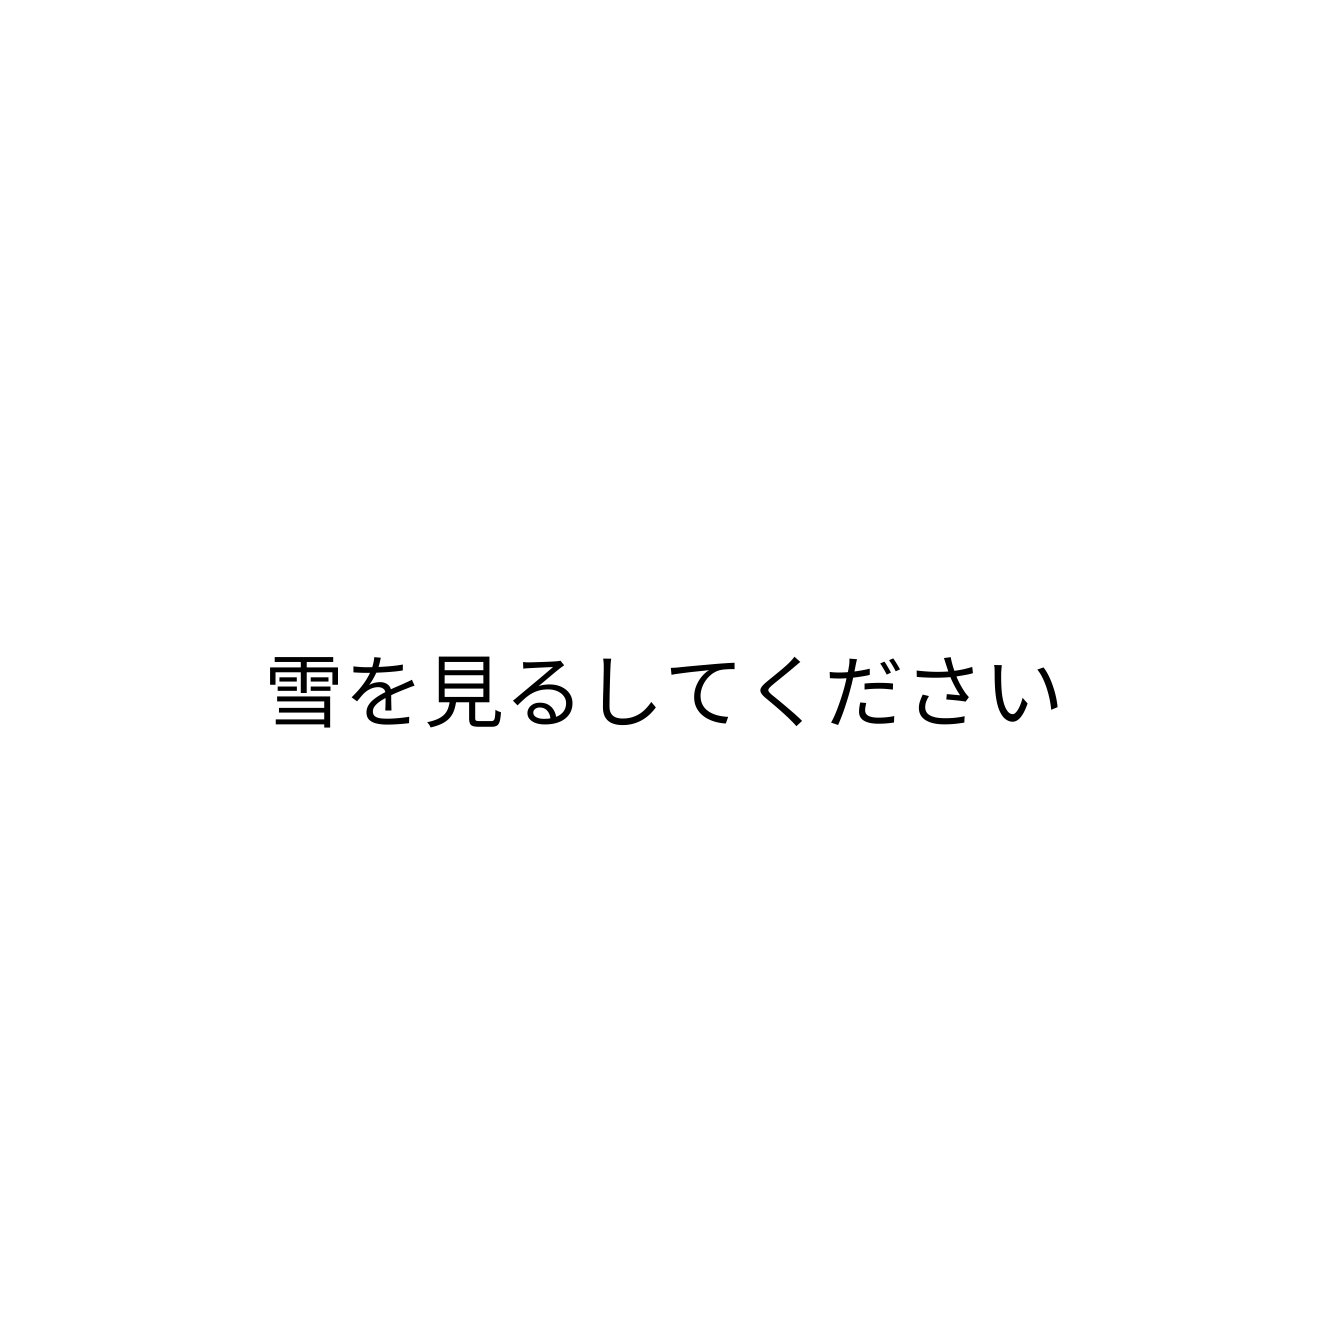
雪を見るしてください